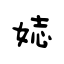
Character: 娡